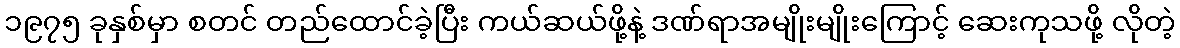
၁၉၇၅ ခုနှစ်မှာ စတင် တည်ထောင်ခဲ့ပြီး ကယ်ဆယ်ဖို့နဲ့ ဒဏ်ရာအမျိုးမျိုးကြောင့် ဆေးကုသဖို့ လိုတဲ့